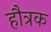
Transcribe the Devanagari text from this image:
हौत्रक